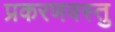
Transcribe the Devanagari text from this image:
प्रकरणवस्तु